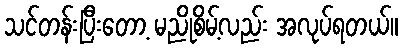
သင်တန်းပြီးတော့ မညိုစိမ့်လည်း အလုပ်ရတယ်။